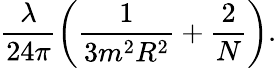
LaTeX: \frac{\lambda}{24\pi}\left(\frac 1{3m^{2}R^{2}}+\frac 2N\right)\mathrm{.}